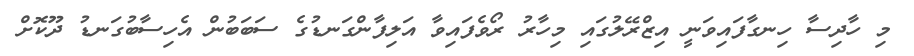
މި ހާދިސާ ހިނގާފައިވަނީ އިޒްރޭލުގައި މިހާރު ރޯވެފައިވާ އަލިފާންގަނޑުގެ ސަބަބުން އެހިސާބުގަނޑު ދޫކޮށް